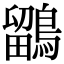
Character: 鶹